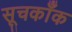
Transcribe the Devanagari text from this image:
सूचकाँक